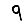
Digit: 9